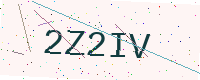
Text: 2Z2IV